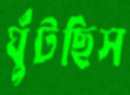
ঘুঁটছিস